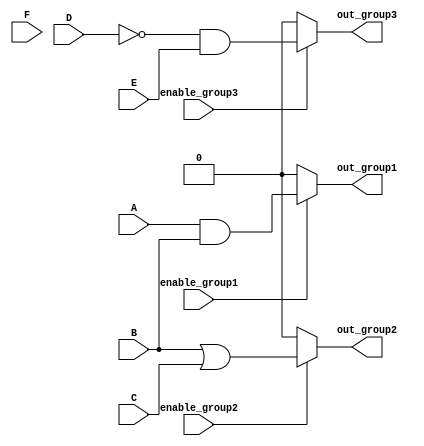
module combinational_logic_block (
    input wire A,
    input wire B,
    input wire C,
    input wire D,
    input wire E,
    input wire F,
    input wire enable_group1,
    input wire enable_group2,
    input wire enable_group3,
    output wire out_group1,
    output wire out_group2,
    output wire out_group3
);

// Group 1: Output = A AND B
assign out_group1 = enable_group1 ? (A & B) : 1'b0;

// Group 2: Output = B OR C
assign out_group2 = enable_group2 ? (B | C) : 1'b0;

// Group 3: Output = NOT D AND E
assign out_group3 = enable_group3 ? (~D & E) : 1'b0;

endmodule